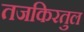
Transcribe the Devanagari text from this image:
तजकिरतुल